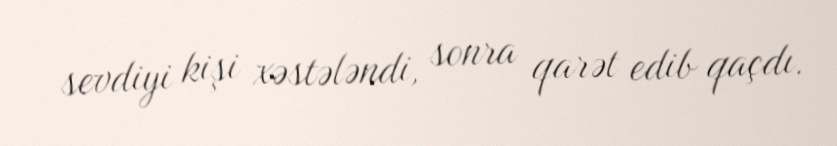
sevdiyi kişi xəstələndi, sonra qarət edib qaçdı.